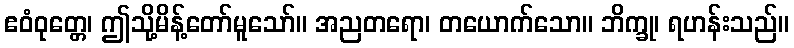
ဧဝံဝုတ္တေ၊ ဤသို့မိန့်တော်မူသော်။ အညတရော၊ တယောက်သော။ ဘိက္ခု၊ ရဟန်းသည်။